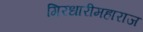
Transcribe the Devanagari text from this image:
गिरधारीमहाराज